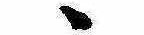
ゝ